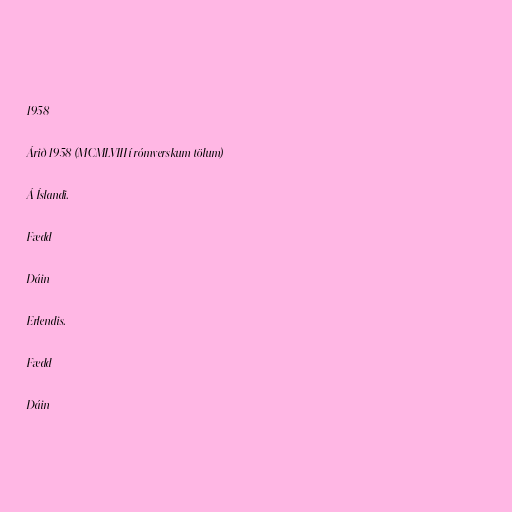
1958

Árið 1958 (MCMLVIII í rómverskum tölum)

Á Íslandi.

Fædd

Dáin

Erlendis.

Fædd

Dáin